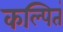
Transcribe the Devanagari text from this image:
कल्पितं